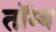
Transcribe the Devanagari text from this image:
तॉम्ब